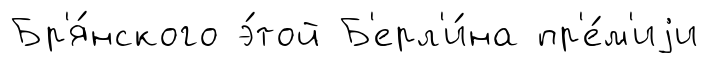
Бр'я́нского э́той Б'ерл'и́на пр'е́м'иjи